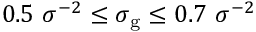
0 . 5 ~ \sigma ^ { - 2 } \leq \sigma _ { \mathrm { g } } \leq 0 . 7 ~ \sigma ^ { - 2 }